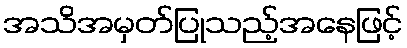
အသိအမှတ်ပြုသည့်အနေဖြင့်